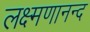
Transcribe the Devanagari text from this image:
लक्ष्मणानन्द